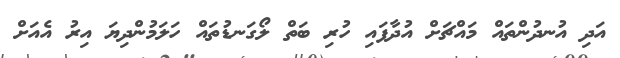
އަދި އުނދުންތައް މައްޗަށް އުދާފައި ހުރި ބަތް ލޯގަނޑުތައް ހަލަމުންދިޔަ އިރު އެއަށް